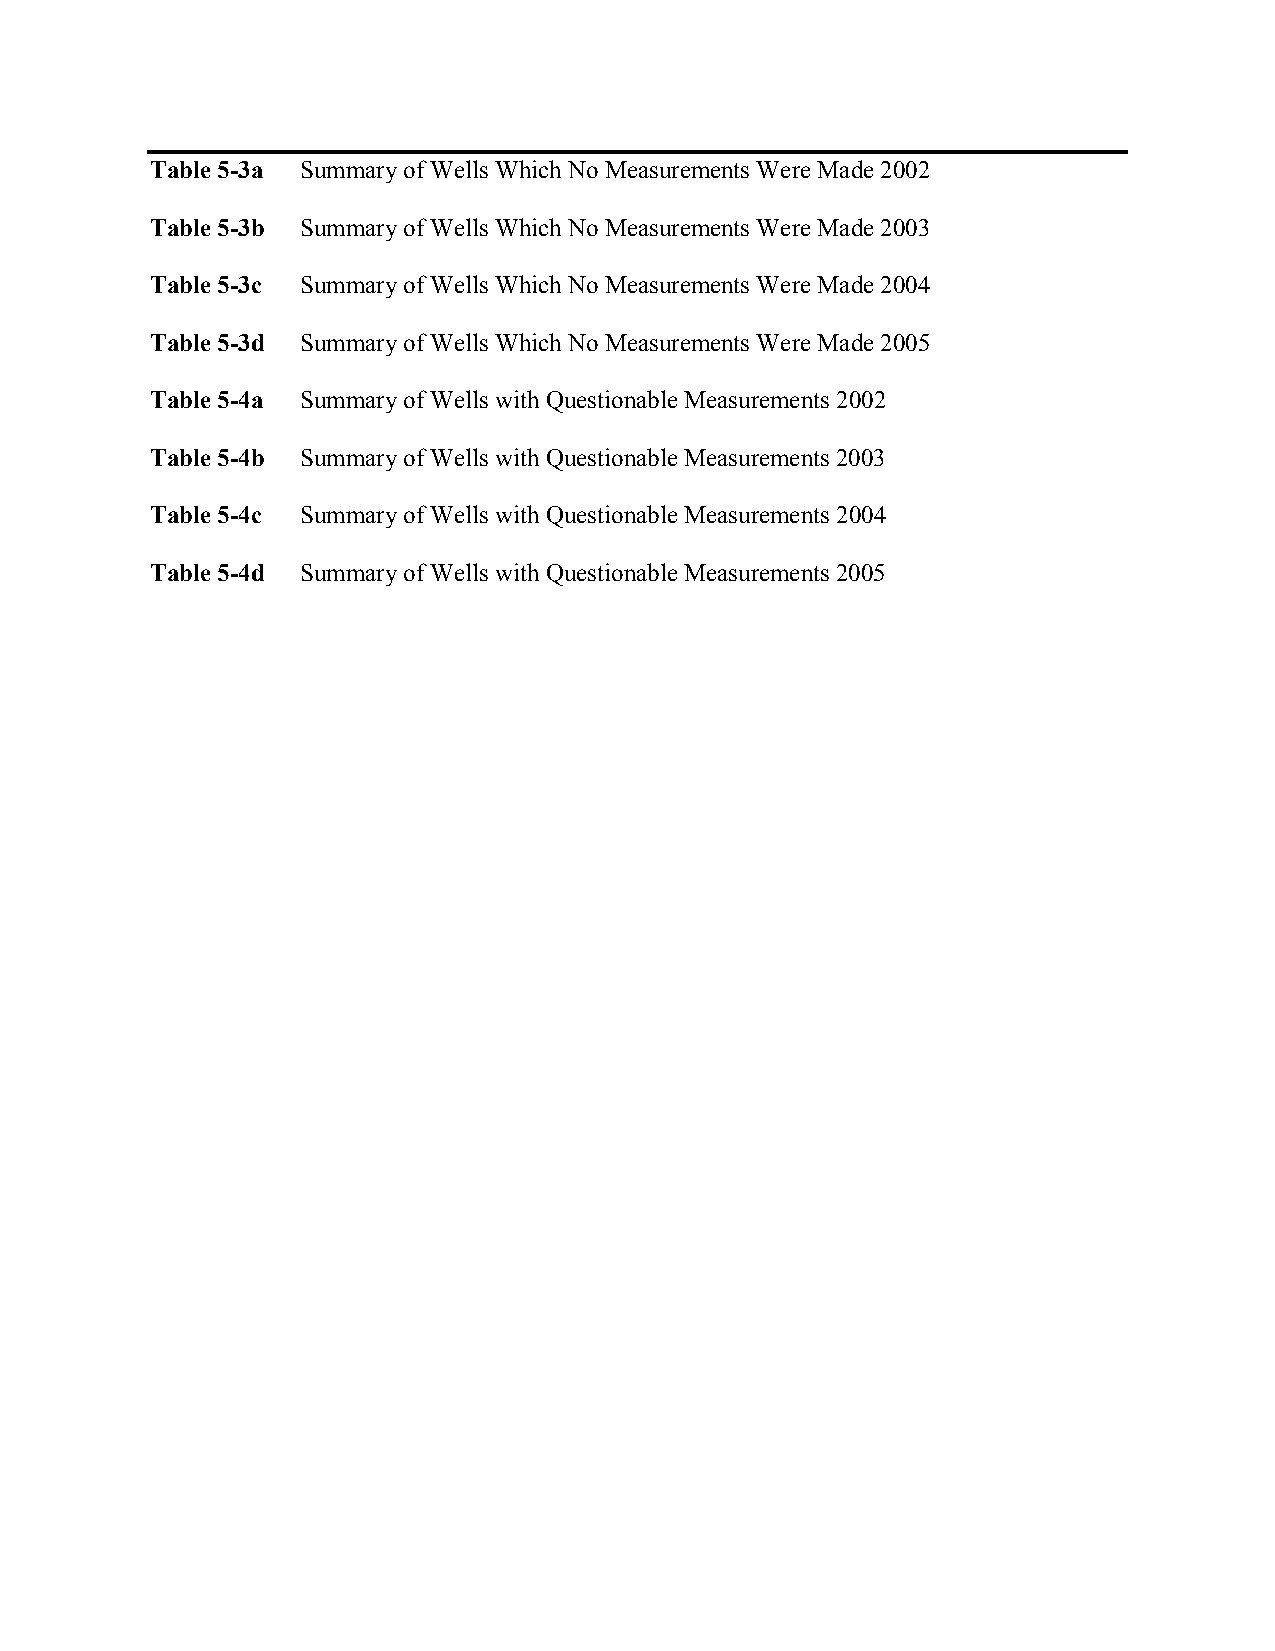
Table 5-3a Summary of Wells Which No Measurements Were Made 2002
 Table 5-3b Summary of Wells Which No Measurements Were Made 2003
 Table 5-3c Summary of Wells Which No Measurements Were Made 2004
 Table 5-3d Summary of Wells Which No Measurements Were Made 2005
 Table 5-4a Summary of Wells with Questionable Measurements 2002
 Table 5-4b Summary of Wells with Questionable Measurements 2003
 Table 5-4c Summary of Wells with Questionable Measurements 2004
 Table 5-4d Summary of Wells with Questionable Measurements 2005